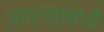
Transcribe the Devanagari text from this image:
अंतराळामध्ये